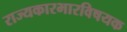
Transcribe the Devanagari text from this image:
राज्यकारभारविषयक